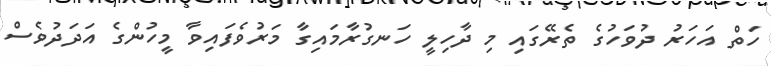
ހަތް އަހަރު ދުވަހުގެ ތެރޭގައި މި ދާހިލީ ހަނގުރާމައިގާ މަރުވެފައިވާ މީހުންގެ އަދަދުވެސް